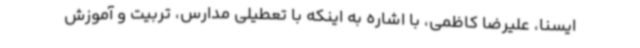
ایسنا، علیرضا کاظمی، با اشاره به اینکه با تعطیلی مدارس، تربیت و آموزش